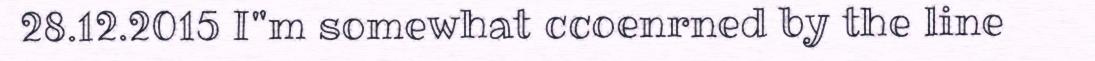
28.12.2015 I"m somewhat ccoenrned by the line